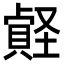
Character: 𡑧